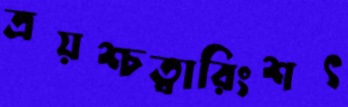
ত্রয়শ্চত্বারিংশৎ